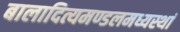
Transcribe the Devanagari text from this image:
बालादित्यमण्डलमध्यस्थां